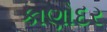
કાણોદર